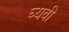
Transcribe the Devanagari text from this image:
घ्यवी